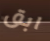
ابق